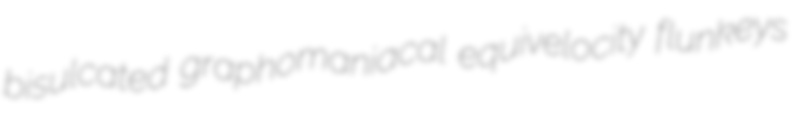
bisulcated graphomaniacal equivelocity flunkeys